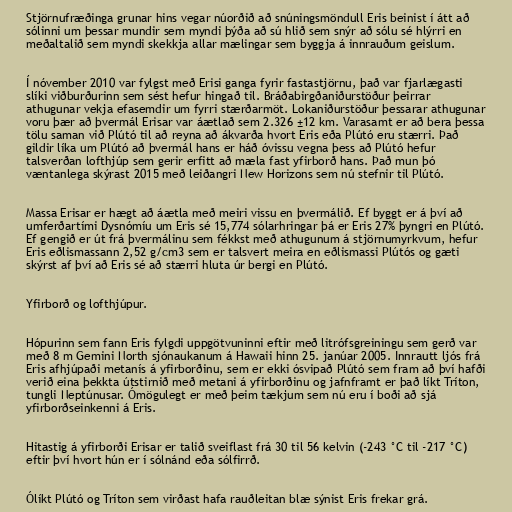
Stjörnufræðinga grunar hins vegar núorðið að snúningsmöndull Eris beinist í átt að
sólinni um þessar mundir sem myndi þýða að sú hlið sem snýr að sólu sé hlýrri en
meðaltalið sem myndi skekkja allar mælingar sem byggja á innrauðum geislum.

Í nóvember 2010 var fylgst með Erisi ganga fyrir fastastjörnu, það var fjarlægasti
slíki viðburðurinn sem sést hefur hingað til. Bráðabirgðaniðurstöður þeirrar
athugunar vekja efasemdir um fyrri stærðarmöt. Lokaniðurstöður þessarar athugunar
voru þær að þvermál Erisar var áætlað sem 2.326 ±12 km. Varasamt er að bera þessa
tölu saman við Plútó til að reyna að ákvarða hvort Eris eða Plútó eru stærri. Það
gildir líka um Plútó að þvermál hans er háð óvissu vegna þess að Plútó hefur
talsverðan lofthjúp sem gerir erfitt að mæla fast yfirborð hans. Það mun þó
væntanlega skýrast 2015 með leiðangri New Horizons sem nú stefnir til Plútó.

Massa Erisar er hægt að áætla með meiri vissu en þvermálið. Ef byggt er á því að
umferðartími Dysnómíu um Eris sé 15,774 sólarhringar þá er Eris 27% þyngri en Plútó.
Ef gengið er út frá þvermálinu sem fékkst með athugunum á stjörnumyrkvum, hefur
Eris eðlismassann 2,52 g/cm3 sem er talsvert meira en eðlismassi Plútós og gæti
skýrst af því að Eris sé að stærri hluta úr bergi en Plútó.

Yfirborð og lofthjúpur.

Hópurinn sem fann Eris fylgdi uppgötvuninni eftir með litrófsgreiningu sem gerð var
með 8 m Gemini North sjónaukanum á Hawaii hinn 25. janúar 2005. Innrautt ljós frá
Eris afhjúpaði metanís á yfirborðinu, sem er ekki ósvipað Plútó sem fram að því hafði
verið eina þekkta útstirnið með metani á yfirborðinu og jafnframt er það líkt Tríton,
tungli Neptúnusar. Ómögulegt er með þeim tækjum sem nú eru í boði að sjá
yfirborðseinkenni á Eris.

Hitastig á yfirborði Erisar er talið sveiflast frá 30 til 56 kelvin (-243 °C til -217 °C)
eftir því hvort hún er í sólnánd eða sólfirrð.

Ólíkt Plútó og Tríton sem virðast hafa rauðleitan blæ sýnist Eris frekar grá.